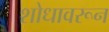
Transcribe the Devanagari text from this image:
शोधावरून